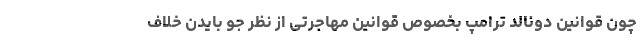
چون قوانین دونالد ترامپ بخصوص قوانین مهاجرتی از نظر جو بایدن خلاف